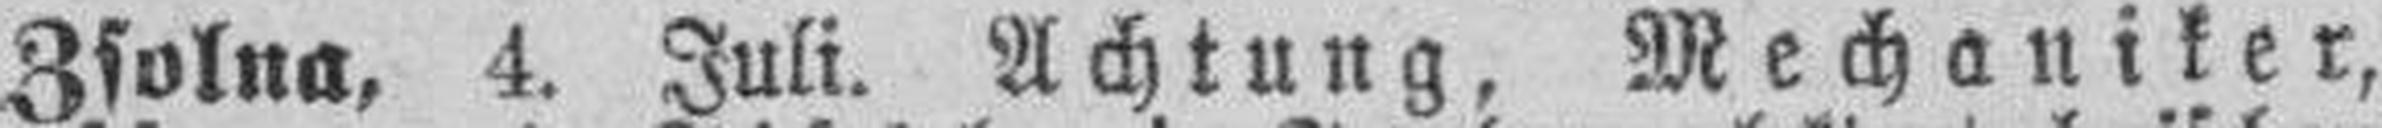
Zsolna, 4. Juli. Achtung, Mechaniker,